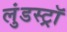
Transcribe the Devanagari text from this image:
लुंडस्ट्राॅ